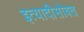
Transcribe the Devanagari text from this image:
इत्यादीसोबत